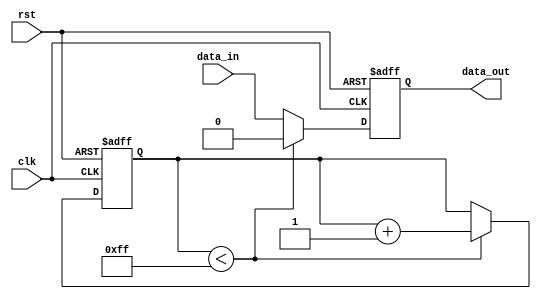
module Latch_Delay (
    input wire clk,
    input wire rst,
    input wire data_in,
    output reg data_out
);

reg [7:0] delay_counter;

always @(posedge clk or posedge rst) begin
    if (rst) begin
        delay_counter <= 8'b0;
        data_out <= 1'b0;
    end else begin
        if (delay_counter < 8'd255) begin
            delay_counter <= delay_counter + 1;
            data_out <= 1'b0;
        end else begin
            data_out <= data_in;
        end
    end
end

endmodule